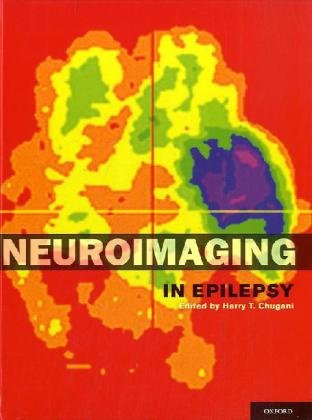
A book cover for Neuroimaging in Epilepsy; Health, Fitness & Dieting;